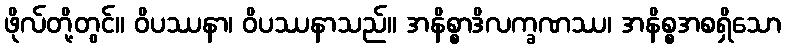
ဖိုလ်တို့တွင်။ ဝိပဿနာ၊ ဝိပဿနာသည်။ အနိစ္စာဒိလက္ခဏဿ၊ အနိစ္စအစရှိသော